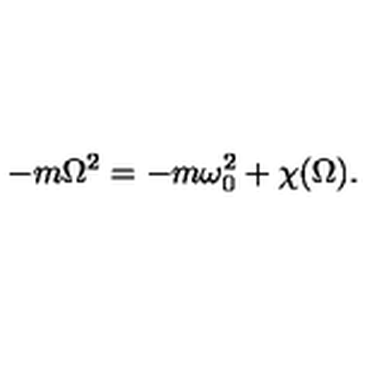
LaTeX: - m \Omega ^ { 2 } = - m \omega _ { 0 } ^ { 2 } + \chi ( \Omega ) .